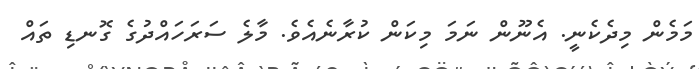
މަމެން މިދެކެނީ. އެނޫން ނަމަ މިކަން ކުރާނެއެވެ. މާލެ ސަރަހައްދުގެ ގޮނޑި ތައް